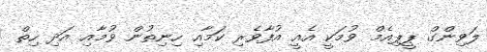
ލަވިންގް ޕީޕިއެމް ވުމަކީ އެއީ އުފާވެރި ކަމާއި ހިނިތުން ވުމާއި އަދި ހިތް